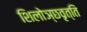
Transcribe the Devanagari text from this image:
शिलोञ्छवृत्ति